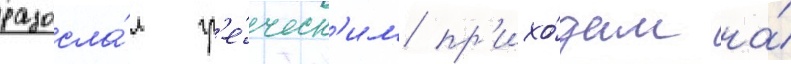
разосла́л гр'е́ческ'им пр'ихо́дам на́